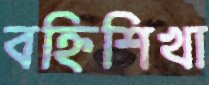
বহ্নিশিখা